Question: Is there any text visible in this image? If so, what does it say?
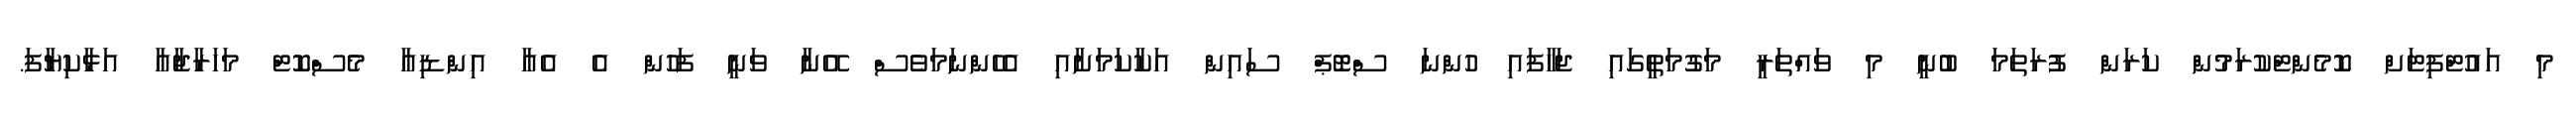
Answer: މި އައުޓްފިޓަށް ކޮމެންޓްކުރަމުން ކަރަން ފުރަތަމަ ބުނީ މި ވައްތަރީ މަގުމަތީގައި ޖަހާފައި ހުންނަ ސްޓޮޕް ސައިން އަކާކަމަށާއި އެހެންނަމަވެސް އޭނާ ވަނީ ފަހުން އެ އެއާ އިންޑިއާ މެސްކޮޓް މަހަރާޖާއާ އަޅާކިޔާފަ.